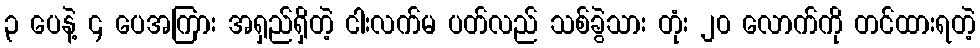
၃ ပေနဲ့ ၄ ပေအကြား အရှည်ရှိတဲ့ ငါးလက်မ ပတ်လည် သစ်ခွဲသား တုံး ၂၀ လောက်ကို တင်ထားရတဲ့